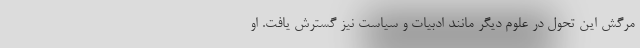
مرگش این تحول در علوم دیگر مانند ادبیات و سیاست نیز گسترش یافت. او